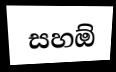
සහඕ